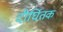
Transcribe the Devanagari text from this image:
दीर्घितक